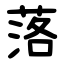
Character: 落